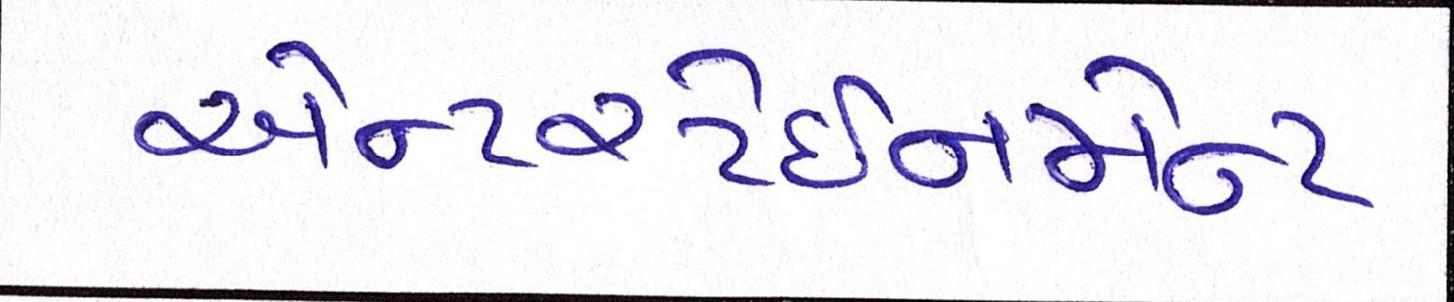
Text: એન્ટરટેઈનમેન્ટ